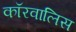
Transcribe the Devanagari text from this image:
कॉरवालिस